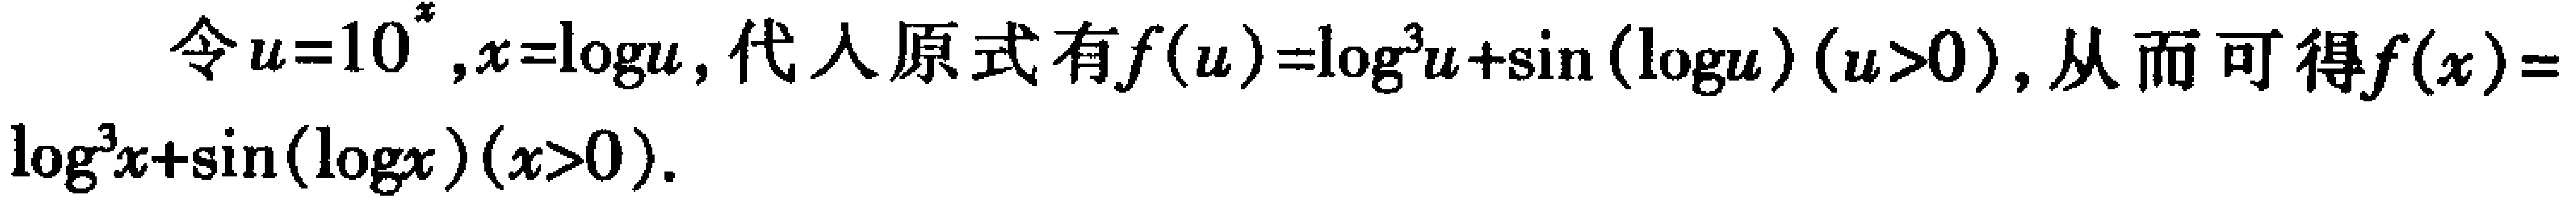
令\(u = 10^{x},x=\log u\)，代入原式有\(f(u)=\log^{3}u + \sin(\log u)(u > 0)\)，从而可得\(f(x)=\log^{3}x+\sin(\log x)(x > 0)\)。